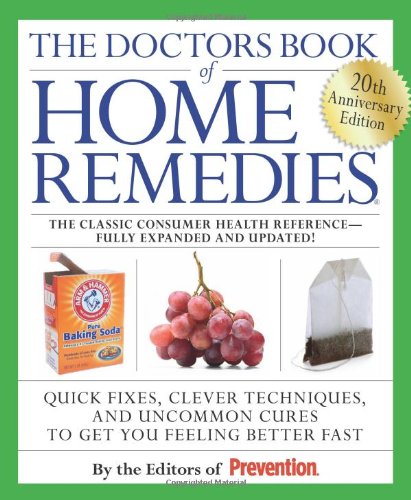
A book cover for The Doctors Book of Home Remedies: Quick Fixes, Clever Techniques, and Uncommon Cures to Get You Feeling Better Fast; The Editors of Prevention Magazine; Health, Fitness & Dieting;